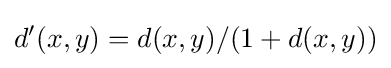
d'(x,y)=d(x,y)/(1+d(x,y))